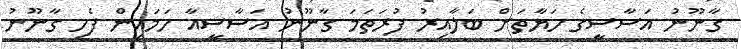
ގާނޫނު އަސާސީގެ ހަޔާތަށް ބަލާއިރު ފުރަތަމަ ގާނޫނު އަސާސީއާ ހަމައިން ފެހި ގާނޫނު